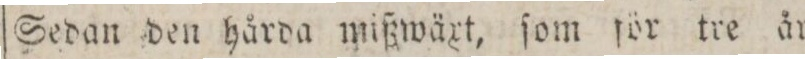
Sedan den hårda mißwärt, ſom för tre år